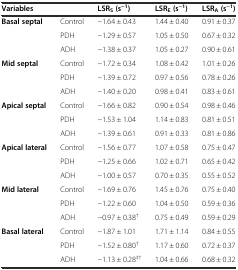
<table><thead><tr><td><b>Variables</b></td><td>[EMPTY_CELL]</td><td><b>LSR<sub>S</sub>(s<sup>−1</sup>)</b></td><td><b>LSR<sub>E</sub>(s<sup>−1</sup>)</b></td><td><b>LSR<sub>A</sub>(s<sup>−1</sup>)</b></td></tr></thead><tbody><tr><td><b>Basal septal</b></td><td>Control</td><td>−1.64 ± 0.43</td><td>1.44 ± 0.40</td><td>0.91 ± 0.37</td></tr><tr><td>[EMPTY_CELL]</td><td>PDH</td><td>−1.29 ± 0.57</td><td>1.05 ± 0.50</td><td>0.67 ± 0.32</td></tr><tr><td>[EMPTY_CELL]</td><td>ADH</td><td>−1.38 ± 0.37</td><td>1.05 ± 0.27</td><td>0.90 ± 0.61</td></tr><tr><td><b>Mid septal</b></td><td>Control</td><td>−1.72 ± 0.34</td><td>1.08 ± 0.42</td><td>1.01 ± 0.26</td></tr><tr><td>[EMPTY_CELL]</td><td>PDH</td><td>−1.39 ± 0.72</td><td>0.97 ± 0.56</td><td>0.78 ± 0.26</td></tr><tr><td>[EMPTY_CELL]</td><td>ADH</td><td>−1.40 ± 0.20</td><td>0.98 ± 0.41</td><td>0.83 ± 0.61</td></tr><tr><td><b>Apical septal</b></td><td>Control</td><td>−1.66 ± 0.82</td><td>0.90 ± 0.54</td><td>0.98 ± 0.46</td></tr><tr><td>[EMPTY_CELL]</td><td>PDH</td><td>−1.53 ± 1.04</td><td>1.14 ± 0.83</td><td>0.81 ± 0.51</td></tr><tr><td>[EMPTY_CELL]</td><td>ADH</td><td>−1.39 ± 0.61</td><td>0.91 ± 0.33</td><td>0.81 ± 0.86</td></tr><tr><td><b>Apical lateral</b></td><td>Control</td><td>−1.56 ± 0.77</td><td>1.07 ± 0.58</td><td>0.75 ± 0.47</td></tr><tr><td>[EMPTY_CELL]</td><td>PDH</td><td>−1.25 ± 0.66</td><td>1.02 ± 0.71</td><td>0.65 ± 0.42</td></tr><tr><td>[EMPTY_CELL]</td><td>ADH</td><td>−1.00 ± 0.57</td><td>0.70 ± 0.35</td><td>0.55 ± 0.52</td></tr><tr><td><b>Mid lateral</b></td><td>Control</td><td>−1.69 ± 0.76</td><td>1.45 ± 0.76</td><td>0.75 ± 0.40</td></tr><tr><td>[EMPTY_CELL]</td><td>PDH</td><td>−1.22 ± 0.60</td><td>1.04 ± 0.50</td><td>0.59 ± 0.36</td></tr><tr><td>[EMPTY_CELL]</td><td>ADH</td><td>−0.97 ± 0.38<sup>†</sup></td><td>0.75 ± 0.49</td><td>0.59 ± 0.29</td></tr><tr><td><b>Basal lateral</b></td><td>Control</td><td>−1.87 ± 1.01</td><td>1.71 ± 1.14</td><td>0.84 ± 0.55</td></tr><tr><td>[EMPTY_CELL]</td><td>PDH</td><td>−1.52 ± 0.80<sup>†</sup></td><td>1.17 ± 0.60</td><td>0.72 ± 0.37</td></tr><tr><td>[EMPTY_CELL]</td><td>ADH</td><td>−1.13 ± 0.28<sup>‡†</sup></td><td>1.04 ± 0.66</td><td>0.68 ± 0.32</td></tr></tbody></table>